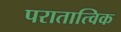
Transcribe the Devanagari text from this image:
परातात्विक